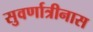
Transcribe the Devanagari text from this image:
सुवर्णात्रीनास